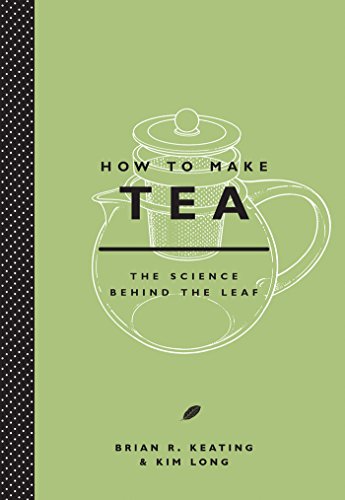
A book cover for How to Make Tea; Brian Keating; Cookbooks, Food & Wine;